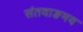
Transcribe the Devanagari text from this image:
संतवाङमय